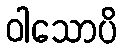
ဝါသောပိ